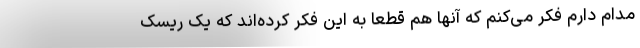
مدام دارم فکر می‌کنم که آنها هم قطعا به این فکر کرده‌اند که یک ریسک